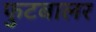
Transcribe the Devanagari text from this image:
फुटबालर